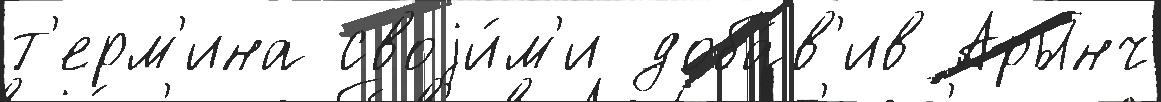
т'ерм'ина своjи́м'и доба́в'ив Арынч